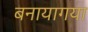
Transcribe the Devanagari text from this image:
बनायागया